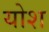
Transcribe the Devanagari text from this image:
योश